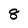
Character: 8